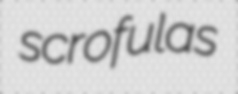
scrofulas